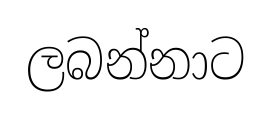
ලබන්නාට